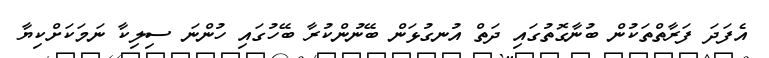
އެފަދަ ފަރާތްތަކުން ބުނާގޮތުގައި ދަތް އުނގުޅަން ބޭނުންކުރާ ބޭހުގައި ހުންނަ ސިލިކާ ނަމަކަށްކިޔާ